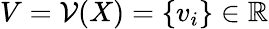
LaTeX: V=\mathcal{V}(X)=\{ v_{i}\} \in\mathbb{R}